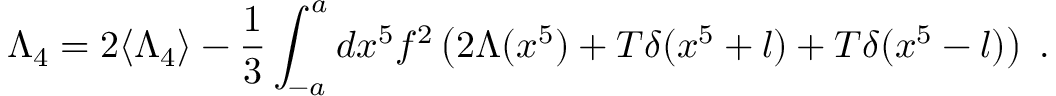
\Lambda _ { 4 } = 2 \langle \Lambda _ { 4 } \rangle - \frac { 1 } { 3 } \int _ { - a } ^ { a } d x ^ { 5 } f ^ { 2 } \left( 2 \Lambda ( x ^ { 5 } ) + T \delta ( x ^ { 5 } + l ) + T \delta ( x ^ { 5 } - l ) \right) \; .